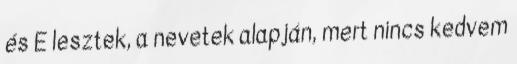
és E lesztek, a nevetek alapján, mert nincs kedvem